Lunatic asylums Central Provinces reports 1895-1909 - 1895-1909
Year: 1895
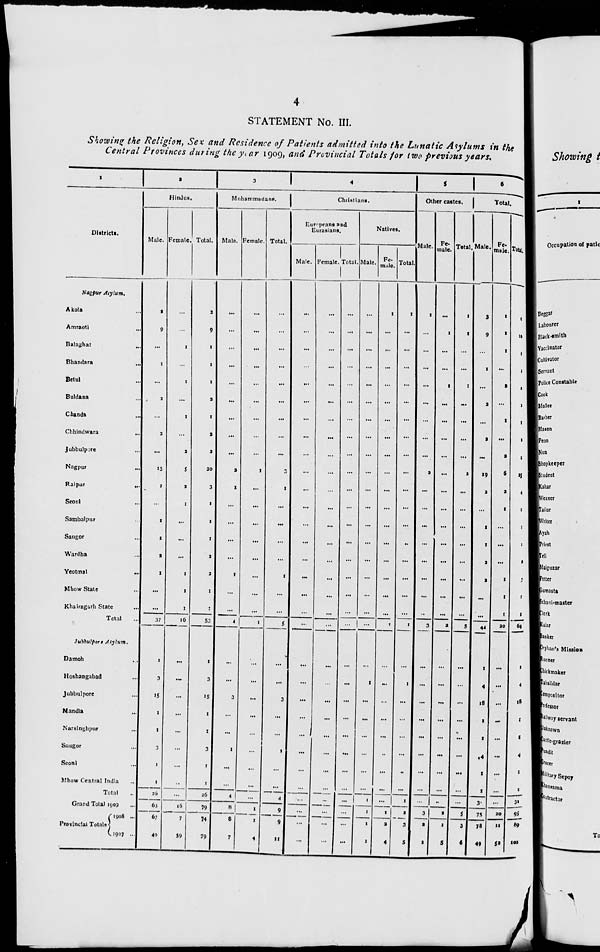
4
STATEMENT No. III.
Showing the Religion, Sex and Residence of Patients admitted into the Lunatic Asylums in the
Central Provinces during the year 1909, and Provincial Totals for two previous years.
1
Districts.
Nagpur Asylum.
Akola ...
Amraoti ...
Balaghat ...
Bhandara ...
Betul ...
Buldana ...
Chanda ...
Chhindwara ...
Jubbulpore ...
Nagpur ...
Raipur
...
Seoni ...
Sambalpur ...
Saugor ...
Wardha ...
Yeotmal
...
Mhow State ...
Khairagarh State ...
Total ...
Jubbulpore Asylum.
Damoh ...
Hoshangabad ...
Jubbulpore ...
Mandla ...
Narsinghpur ...
Saugor ...
Seoni ...
Mhow Central India ...
Total ...
Grand Total 1909 ...
Provincial Totals
1908 ...
1907 ...
2
Hindus.
Male.
2
9
...
1
...
2
...
2
...
15
1
...
1
1
2
1
...
...
37
1
3
15
1
1
3
1
1
26
63
67
40
Female.
...
...
1
...
1
...
1
...
2
5
2
1
...
...
...
1
1
1
16
...
...
...
...
...
...
...
...
...
16
7
59
Total.
2
9
1
1
1
2
1
2
2
20
3
1
1
1
2
2
1
1
53
1
3
15
1
1
3
1
1
26
79
74
79
3
Muhammadans.
Male.
...
...
...
...
...
...
...
...
...
2
1
...
...
...
...
1
...
...
4
...
...
3
...
...
1
...
...
4
8
8
7
Female.
...
...
...
...
...
...
...
...
...
1
...
...
...
...
...
...
...
...
1
...
...
...
...
...
...
...
...
...
1
1
4
Total.
...
...
...
...
...
...
...
...
...
3
1
...
...
...
...
1
...
...
5
...
...
3
...
...
1
...
...
4
9
9
11
4
Christians.
Europeans and
Eurasians.
Male.
...
...
...
...
...
...
...
...
...
...
...
...
...
...
...
...
...
...
...
...
...
...
...
...
...
...
...
...
...
...
...
Female.
...
...
...
...
...
...
...
...
...
...
...
...
...
...
...
...
...
...
...
...
...
...
...
...
...
...
...
...
...
...
...
Total.
...
...
...
...
...
...
...
...
...
...
...
...
...
...
...
...
...
...
...
...
...
...
...
...
...
...
...
...
...
...
...
Natives.
Male.
...
...
...
...
...
...
...
...
...
...
...
...
...
...
...
...
...
...
...
...
1
...
...
...
...
...
...
1
1
1
1
Fe-
male.
1
...
...
...
...
...
...
...
...
...
...
...
...
...
...
...
...
...
1
...
...
...
...
...
...
...
...
...
1
2
4
Total.
1
...
...
...
...
...
...
...
...
...
...
...
...
...
...
...
...
...
1
...
1
...
...
...
...
...
...
1
2
3
5
5
Other castes.
Male.
1
...
...
...
...
...
...
...
...
2
...
...
...
...
...
...
...
...
3
...
...
...
...
...
...
...
...
...
3
2
1
Fe-
male.
...
1
...
...
1
...
...
...
...
...
...
...
...
...
...
...
...
...
2
...
...
...
...
...
...
...
...
..
2
1
5
Total.
1
1
...
...
1
...
...
...
...
2
...
...
...
...
...
...
...
...
5
...
...
...
...
...
...
...
...
...
5
3
6
6
Total.
Male.
3
9
...
1
...
2
...
2
...
19
2
...
1
1
2
2
...
...
44
1
4
18
1
1
14
1
1
31
75
78
49
Fe-
male.
1
1
1
...
2
...
1
...
2
6
2
1
...
...
...
1
1
1
20
...
...
...
...
...
...
...
...
...
20
11
52
Total.
4
10
1
1
2
2
1
2
2
25
4
1
1
1
2
3
1
1
64
1
4
18
1
1
14
1
1
31
95
89
101